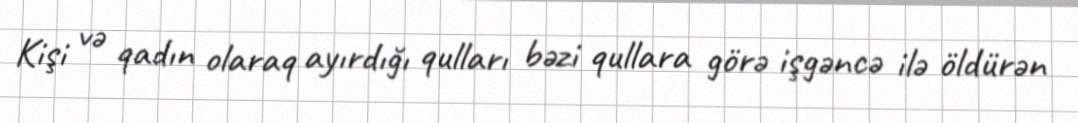
Kişi və qadın olaraq ayırdığı qulları bəzi qullara görə işgəncə ilə öldürən